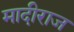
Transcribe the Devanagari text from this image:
मादीराज